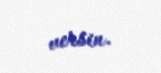
versin.